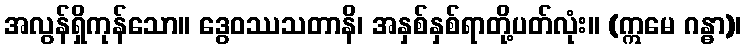
အလွန်ရှိကုန်သော။ ဒွေဝဿသတာနိ၊ အနှစ်နှစ်ရာတို့ပတ်လုံး။ (ဣမေ ဂန္ဓာ)၊